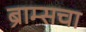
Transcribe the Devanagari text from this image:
ब्राम्सचा